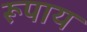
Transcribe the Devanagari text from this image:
रूपाय